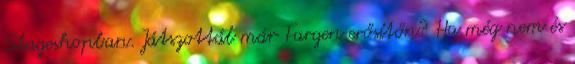
Stageshopban. Játszottál már Fargen erősítőn? Ha még nem és